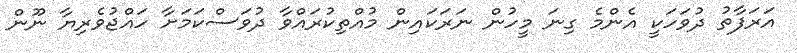
އަރަފާތު ދުވަހަކީ އެންމެ ގިނަ މީހުން ނަރަކައިން މުއްތިކުރައްވާ ދުވަސްކަމަށާ ހައްޖުވެރިޔާ ނޫން